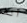
آلف